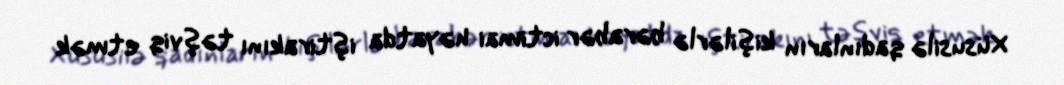
Xüsusilə qadınların kişilərlə bərabər ictimai həyatda iştirakını təşviq etmək